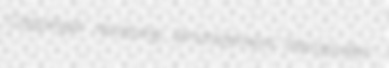
Coppinger revaluing amortizement theropodan